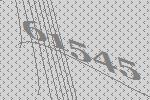
61545